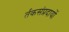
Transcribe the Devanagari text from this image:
र्तकसंप्रदायों